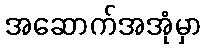
အဆောက်အအုံမှာ